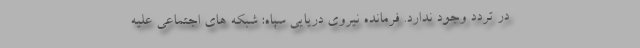
در تردد وجود ندارد. فرمانده نیروی دریایی سپاه: شبکه های اجتماعی علیه